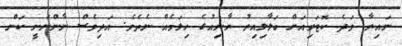
ނައިރާ ވަދެ ކޮޓަރިއަށް ބަލާލިއިރު ޔާނިއުގެ ހިލަމެއް ނެތެވެ. އަދިވެސް ނާންނަނީ ކަން